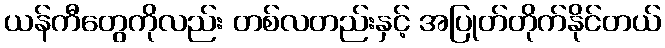
ယန်ကီတွေကိုလည်း တစ်လတည်းနှင့် အပြုတ်တိုက်နိုင်တယ်